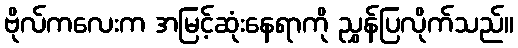
ဗိုလ်ကလေးက အမြင့်ဆုံးနေရာကို ညွှန်ပြလိုက်သည်။